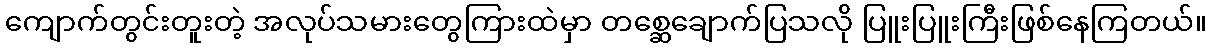
ကျောက်တွင်းတူးတဲ့ အလုပ်သမားတွေကြားထဲမှာ တစ္ဆေချောက်ပြသလို ပြူးပြူးကြီးဖြစ်နေကြတယ်။